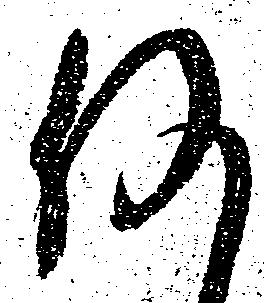
何